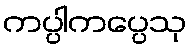
ကပ္ပါကပ္ပေသု